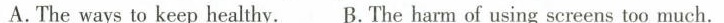
60what is the main ides ofpassage?